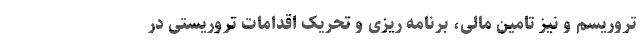
تروریسم و نیز تامین مالی، برنامه ریزی و تحریک اقدامات تروریستی در